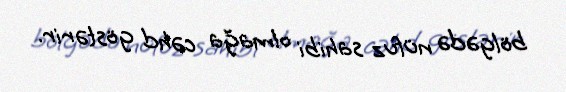
bölgədə nüfuz sahibi olmağa cəhd göstərir.